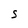
Character: S